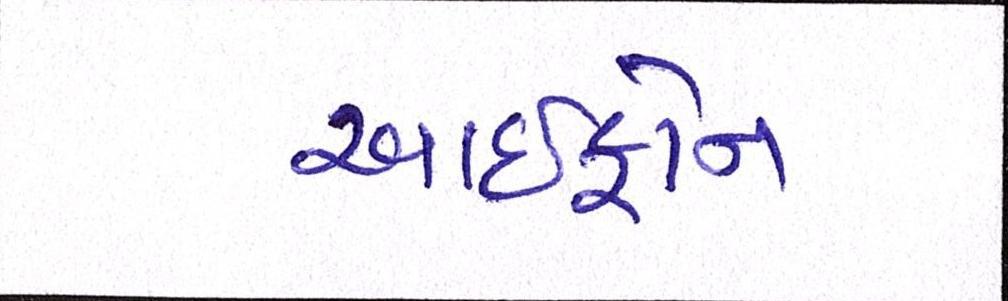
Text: આઇફોન